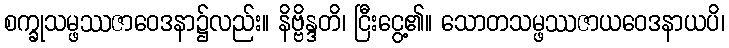
စက္ခုသမ္ဖဿဇာဝေဒနာ၌လည်း။ နိဗ္ဗိန္ဒတိ၊ ငြီးငွေ့၏။ သောတသမ္ဖဿဇာယဝေဒနာယပိ၊